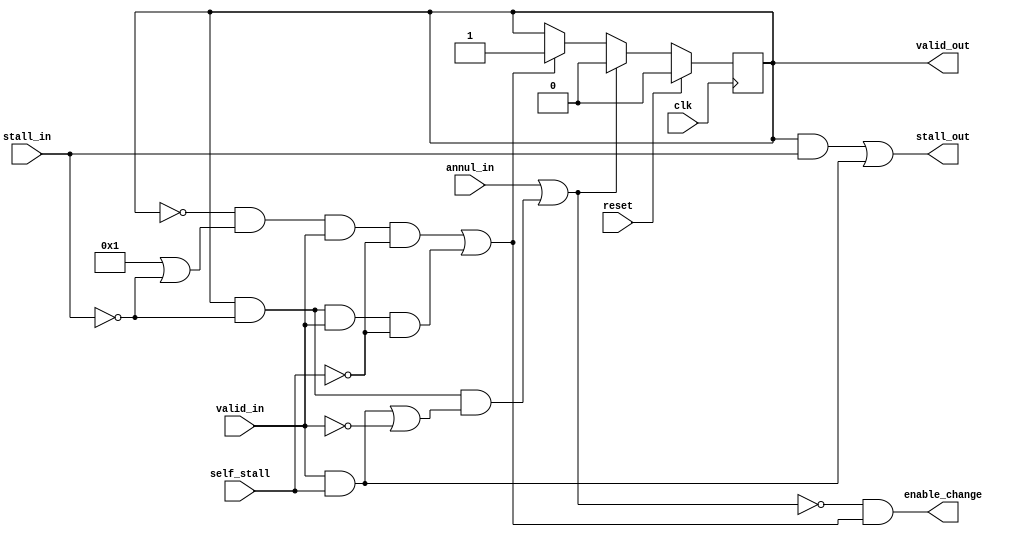
/* plc
 *
 * Pipeline stage control logic
 *
 * Produces an enable governing whether a pipeline stage holds its outputs
 * or changes state, given valid indication from the previous stage and
 * a stall from the next stage.
 *
 * Supports a stage being able to stall itself (and those previous),
 * meaning the stage flags it cannot produce valid data in a given cycle.
 *
 * Also supports bubble-squashing, where an empty stage can become full/valid
 * even if downstream stages are stalled.
 *
 * ME 12 Jan 2022
 *
 * Copyright 2020-2022 Matt Evans
 * SPDX-License-Identifier: Apache-2.0 WITH SHL-2.1
 *
 * Licensed under the Solderpad Hardware License v 2.1 (the License); you may
 * not use this file except in compliance with the License, or, at your option,
 * the Apache License version 2.0. You may obtain a copy of the License at
 *
 *  https://solderpad.org/licenses/SHL-2.1/
 *
 * Unless required by applicable law or agreed to in writing, any work
 * distributed under the License is distributed on an AS IS BASIS, WITHOUT
 * WARRANTIES OR CONDITIONS OF ANY KIND, either express or implied. See the
 * License for the specific language governing permissions and limitations
 * under the License.
 */

/* Operation:
 *             <------ stage N ---------------------> <--- stage N+1 --...
 *
 *    +-----+		                      +-----+
 *  ->| PLC |--valid--------------------in--->| PLC |---valid-out------>
 *    |     |				      |     |
 *  <-|     |<---stall------------------out---|     |<---stall-in------
 *    |     |				      |  V  |
 *    |     |		    +--self_stall---->|     |
 *    +-----+		    |		      +-----+
 *       |                  |                    | (enable_change)
 *    +-----+		    |		      +-----+
 *    |     |           +---+---+             |     |
 *  ->| FFs |--Data---->| Logic |---Data----->| FFs |------------------>
 *    |     |		|       |             |     |
 *    |     |		+-------+	      |     |
 *    +-----+				      +-----+
 *
 * Rational statements about a pipeline stage:
 *
 * Stage has a validity, reflected to next consumer by valid_out. 'V' for short.
 *
 * If V=0 and valid_in=1 and self_stall=0, change to V=1 and enable_change=1
 * (of datapath outputs).
 * Note stall_in is ignored, meaning a pipeline bubble (invalid) before
 * a stalled stage can be squashed by valid data "catching up" with it.
 * stall_out=0 when this happens.
 *
 * A parameter option is given to disable bubble-squashing, meaning a stall_in
 * will propagate to a stall_out even if the current stage is invalid.
 *
 * stall_in=1 means the consumer is requesting we hold valid outputs.  It doesn't
 * apply to invalid outputs (meaning bubbles can be squashed, as above.)
 *
 * Logic flags self_stall=1 if the current valid_in=1 data needs more thinking time.
 * self_stall is only valid when valid_in=1.
 *
 * This leads to:  If V=1, don't change anything if stall_in=1 (including
 * enable_change=0).
 *
 * Otherwise (if V=1 and stall_in=0): if valid_in=1 and self_stall=0 then new
 * V=1 and enable_change=1.
 * If valid_in=1 and self_stall=1, OR valid_in=0 then new valid=0 and enable_change=0.
 *
 * If annul_in=1, enable_change=0 and this stage goes invalid, no matter other inputs.
 *
 * Trooftable:
 * 
 * V  valid_in  stall_in  self_stall  en_chg  new V : Notes
 * 0  0         x         x           0       0       Stay invalid
 * 0  1         x         0           1       1       Go valid/full (squash bubble)
 * 0  1         1         x           0       0       Stay invalid (do not squash bubble)
 * 0  1         x         1           0       0       Stalling self (not yet valid)
 * 1  0         0         x           0       0       Go invalid (consumed)
 * 1  0         1         x           0       1       Hold existing data
 * 1  1         0         0           1       1       Stay valid, new data
 * 1  1         1         0           0       1       Hold existing data
 * 1  1         x         1           0       1       Stalling self, hold existing data
 *
 */

module plc(input wire  clk,
	   input wire  reset,

	   /* To/from previous stage */
	   input wire  valid_in,
	   output wire stall_out,

	   input wire  self_stall,

	   /* To/from next stage */
	   output wire valid_out,
	   input wire  stall_in,
	   input wire  annul_in,

	   /* The final gubbins: enable this stage's outputs to change! */
	   output wire enable_change
	   );

   parameter ENABLE_BUBBLE_SQUASH = 1;

   reg 		       valid;

   wire 	       new_state_valid;
   wire 	       new_state_invalid;

   assign new_state_valid = ((valid == 0) &&
                             (ENABLE_BUBBLE_SQUASH || (stall_in == 0)) &&
			     (valid_in == 1) && (self_stall == 0)) ||
			    ((valid == 1) &&
			     (stall_in == 0) &&
			     (valid_in == 1) && (self_stall == 0));

   assign new_state_invalid = annul_in ||
			      ( (valid == 1) && (stall_in == 0) &&
				/* Either stalling self, result not ready yet... */
				( ((valid_in == 1) && (self_stall == 1)) ||
				  /* ...or we've a result that's consumed AND
				   * the next token isn't valid: */
				  (valid_in == 0) ) );

   assign enable_change = !new_state_invalid && new_state_valid;
   /* Might flag stall upstream for two reasons:
    * 1. This stage holds data that downstream wants held/stall in.
    *    We can't accept new data.
    * 2. Or, we're presented with valid data and this stage is self-stalled
    *    (can't produce valid data yet).  We need to hold our input data.
    */
   assign stall_out = ((valid || ENABLE_BUBBLE_SQUASH == 0) && stall_in) || (valid_in && self_stall);
   assign valid_out = valid;

   always @(posedge clk) begin
      if (new_state_invalid)
	valid <= 0;
      else if (new_state_valid)
	valid <= 1;

      if (reset) begin
	 valid <= 0;
      end
   end


endmodule // plc